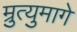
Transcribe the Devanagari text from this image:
म्रुत्युमागे